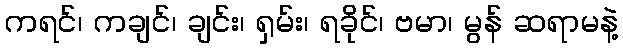
ကရင်၊ ကချင်၊ ချင်း၊ ရှမ်း၊ ရခိုင်၊ ဗမာ၊ မွန် ဆရာမနဲ့